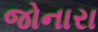
જોનારા